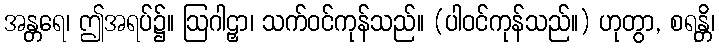
အန္တရေ၊ ဤအရပ်၌။ ဩဂါဠှာ၊ သက်ဝင်ကုန်သည်။ (ပါဝင်ကုန်သည်။) ဟုတွာ, စရန္တိ၊